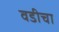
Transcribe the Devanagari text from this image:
वडीचा